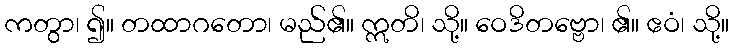
ကတွာ၊ ၍။ တထာဂတော၊ မည်၏။ ဣတိ၊ သို့။ ဝေဒိတဗ္ဗော၊ ၏။ ဧဝံ၊ သို့။